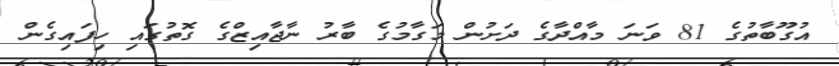
އުގޫބާތުގެ 81 ވަނަ މާއްދާގެ ދަށުން މަގާމުގެ ބާރު ނާޖާއިޒްގެ ގޮތުގައި ހިފައިގެން